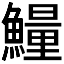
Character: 𱇁